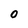
Character: 0